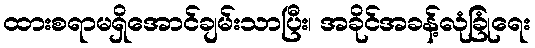
ထားစရာမရှိအောင်ချမ်းသာပြီး၊ အခိုင်အခန့်လုံခြုံရေး